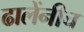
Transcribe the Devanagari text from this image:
ढालेंनीच